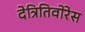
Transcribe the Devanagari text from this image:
देत्रितिवोरेस